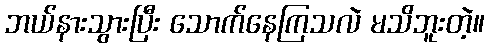
ဘယ်နားသွားပြီး သောက်နေကြသလဲ မသိဘူးတဲ့။